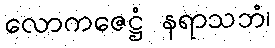
လောကဇေဋ္ဌံ နရာသဘံ၊